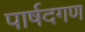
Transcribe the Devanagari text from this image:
पार्षदगण